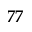
7 7